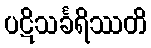
ပဋိသင်္ခရိဿတိ